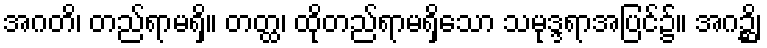
အဂတိ၊ တည်ရာမရှိ။ တတ္ထ၊ ထိုတည်ရာမရှိသော သမုဒ္ဒရာအပြင်၌။ အဂဉ္ဆိ၊